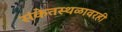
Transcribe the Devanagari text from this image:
संकेतस्थळावरही